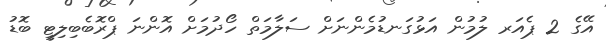
އޭގެ 2 ޕެއަރ ލުމުން އަޅުގަނޑުމެންނަށް ސަލާމަތް ހޯދުމަށް އޮންނަ ޕްރޮބެބިލިޓީ ބޮޑު